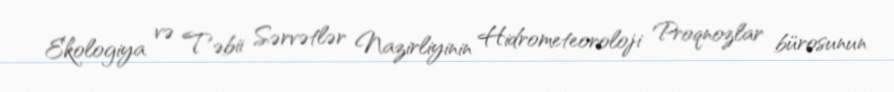
Ekologiya və Təbii Sərvətlər Nazirliyinin Hidrometeoroloji Proqnozlar bürosunun